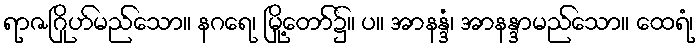
ရာဇဂြိုဟ်မည်သော။ နဂရေ၊ မြို့တော်၌။ ပ။ အာနန္ဒံ၊ အာနန္ဒာမည်သော။ ထေရံ၊